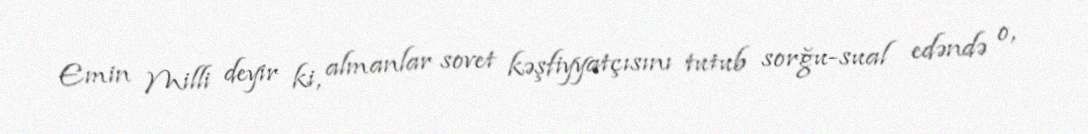
Emin Milli deyir ki, almanlar sovet kəşfiyyatçısını tutub sorğu-sual edəndə o,